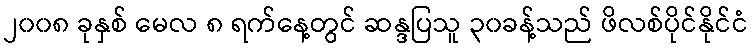
၂၀၀၈ ခုနှစ် မေလ ၈ ရက်နေ့တွင် ဆန္ဒပြသူ ၃၀ခန့်သည် ဖိလစ်ပိုင်နိုင်ငံ